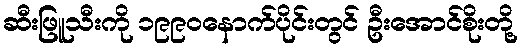
ဆီးဖြူသီးကို ၁၉၉၀နောက်ပိုင်းတွင် ဦးအောင်စိုးတို့